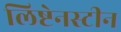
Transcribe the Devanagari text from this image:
लिष्टेनस्टीन